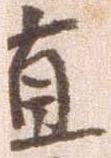
直